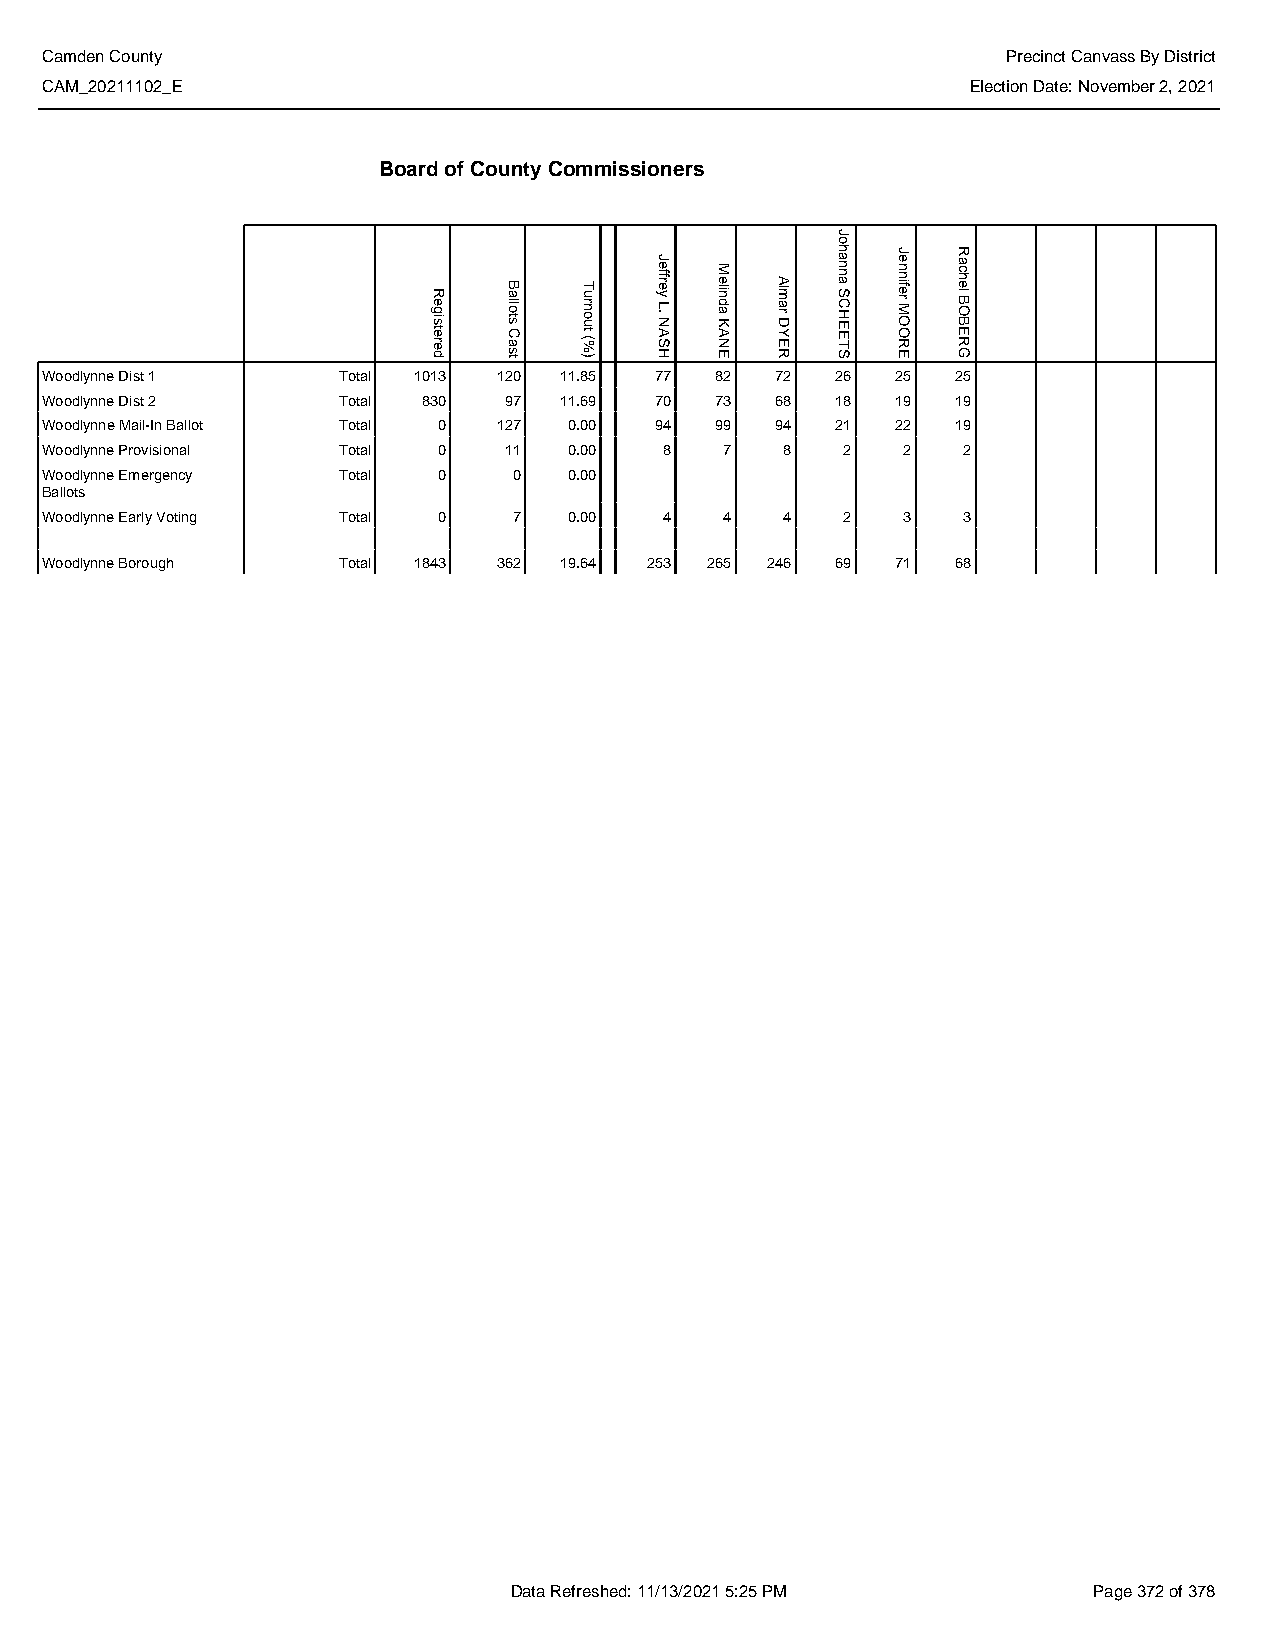
Camden County                                                   Precinct Canvass By District
 CAM_20211102_E                                               Election Date: November 2, 2021
 Board of County Commissioners
 Woodlynne Dist 1   Total 1013 120 11.85 77  82  72  26  25  25
 Woodlynne Dist 2   Total 830  97  11.69 70  73  68  18  19  19
 Woodlynne Mail-In Ballot Total 0 127 0.00 94 99 94  21  22  19
 Woodlynne Provisional Total 0 11   0.00  8   7   8   2   2   2
 Woodlynne Emergency Total 0    0   0.00
 Ballots
 Woodlynne Early Voting Total 0 7   0.00  4   4   4   2   3   3
 Woodlynne Borough  Total 1843 362 19.64 253 265 246 69  71  68
 Data Refreshed: 11/13/2021 5:25 PM    Page 372 of 378
 Registered
 Ballots
 Cast
 Turnout
 (%)
 Jeffrey
 L.
 NASH
 Melinda
 KANE
 Almar
 DYER
 Johanna
 SCHEETS
 Jennifer
 MOORE
 Rachel
 BOBERG